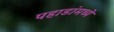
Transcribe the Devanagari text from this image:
पहाडांमध्ये